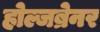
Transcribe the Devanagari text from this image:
होल्जब्रेनर